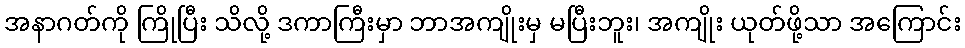
အနာဂတ်ကို ကြိုပြီး သိလို့ ဒကာကြီးမှာ ဘာအကျိုးမှ မပြီးဘူး၊ အကျိုး ယုတ်ဖို့သာ အကြောင်း